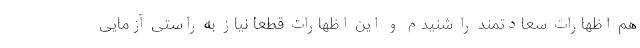
هم اظهارات سعادتمند را شنیدم و این اظهارات قطعاً نیاز به راستی آزمایی